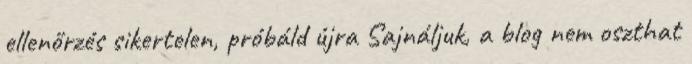
ellenőrzés sikertelen, próbáld újra Sajnáljuk, a blog nem oszthat